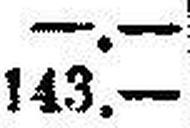
143.—